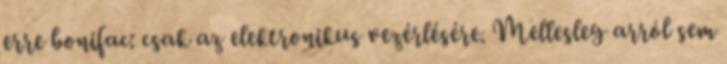
erre bonifac: csak az elektronikus vezérlésére. Mellesleg arról sem